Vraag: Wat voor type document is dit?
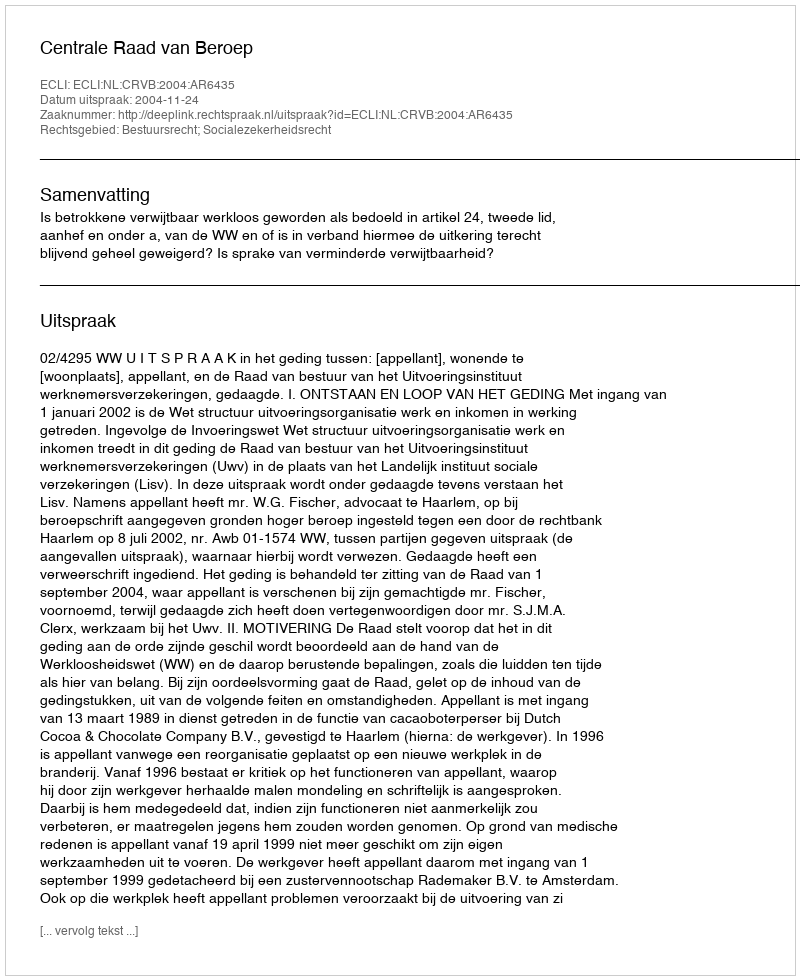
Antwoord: Uitspraak